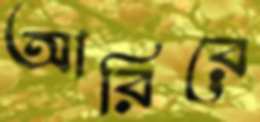
আরিরে